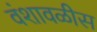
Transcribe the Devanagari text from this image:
वंशावळीस